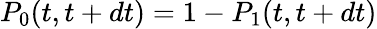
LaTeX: P_{0}(t,t+dt)=1-P_{1}(t,t+dt)